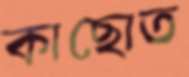
কাছোত